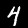
Label: 4